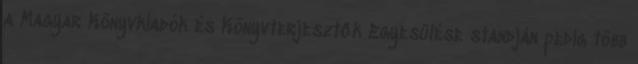
a Magyar Könyvkiadók és Könyvterjesztők Egyesülése standján pedig több